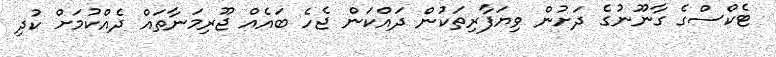
ޓެކްސްގެ ގާނޫނުގެ ދަށުން ވިޔަފާރިތަކުން ދައްކަން ޖެހެ ބައެއް ޖޫރިމަނާތައް ދެއްކުމަށް ކުދި